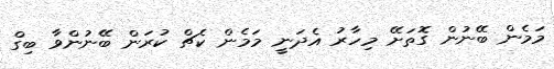
މަމެން ބޭނުން ގޮތަށޭ މިހާރު އެދަނީ މަމެން ކެޗް ކުރަން ބޭނުންވާ ބިގް